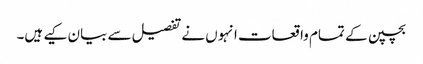
بچپن کے تمام واقعات انہوں نے تفصیل سے بیان کیے ہیں۔